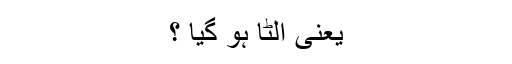
یعنی الٹا ہو گیا ؟